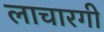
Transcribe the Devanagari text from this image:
लाचारगी